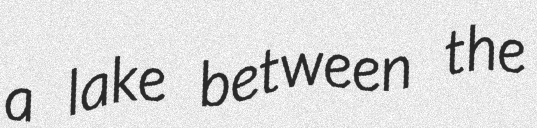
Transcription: a lake between the